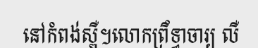
នៅកំពង់ស្ពឺ។លោកព្រឹទ្ធាចារ្យ លឺ